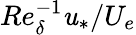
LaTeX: Re_{\delta}^{-1}\mathit{u}_{*}/U_{e}